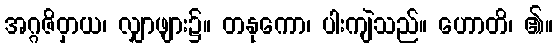
အဂ္ဂဇိဝှာယ၊ လျှာဖျား၌။ တနုကော၊ ပါးကျဲသည်။ ဟောတိ၊ ၏။